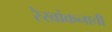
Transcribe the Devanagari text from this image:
रेखांकनाची